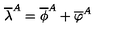
\overline { { \lambda } } ^ { A } = \overline { { \phi } } ^ { A } + \overline { { \varphi } } ^ { A }